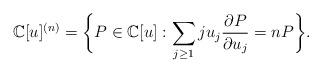
LaTeX: \begin{gather*}\mathbb C[u]^{(n)}=\bigg\{P\in \mathbb C[u]:\sum\limits_{j\ge1}ju_j\frac{\partial P}{\partial u_j}=n P\bigg\}.\end{gather*}